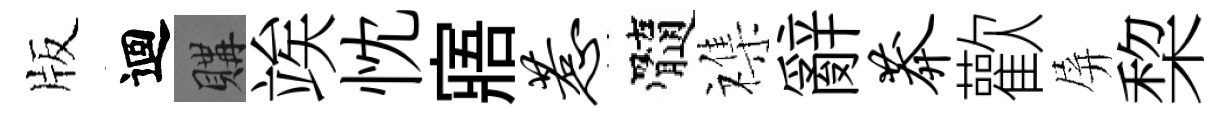
版迴購竢忱寤惹髓襍辭莽歡屏棃